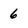
Character: 6